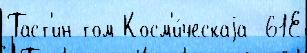
Таст'ин том Косм'и́ческаjа -61Е